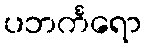
ပဘင်္ကရော